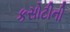
કસોટીની